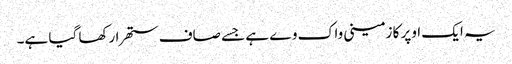
یہ ایک اوپر کا زمینی واک وے ہے جسے صاف ستھرا رکھا گیا ہے۔